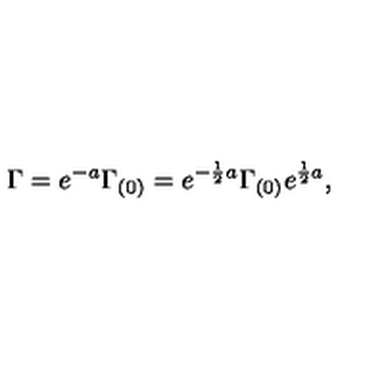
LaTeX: \Gamma = e ^ { - a } \Gamma _ { ( 0 ) } = e ^ { - { \frac { 1 } { 2 } } a } \Gamma _ { ( 0 ) } e ^ { { \frac { 1 } { 2 } } a } ,